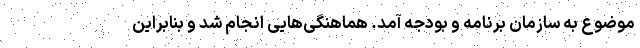
موضوع به سازمان برنامه و بودجه آمد. هماهنگی‌هایی انجام شد و بنابراین